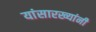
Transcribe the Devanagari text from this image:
यांसारख्यांनी